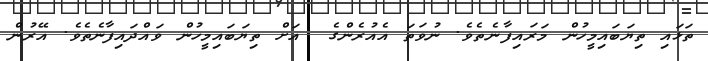
ތަޅައި ތިޔަބައިމީހުން މަރައިފާނެތެވެ. ނުވަތަ އެއުރެންގެ  އަށް ތިޔަބައިމީހުން ވައްދައިފާނެތެވެ. އޭރުން